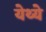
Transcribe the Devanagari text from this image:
येथ्ये